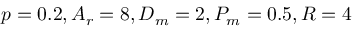
p = 0 . 2 , A _ { r } = 8 , D _ { m } = 2 , P _ { m } = 0 . 5 , R = 4